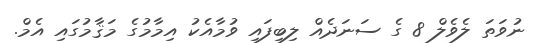
ނުވަތަ ލެވެލް 8 ގެ ސަނަދެއް ލިބިފައި ވުމާއެކު އިމާމުގެ މަޤާމުގައި އެމް.